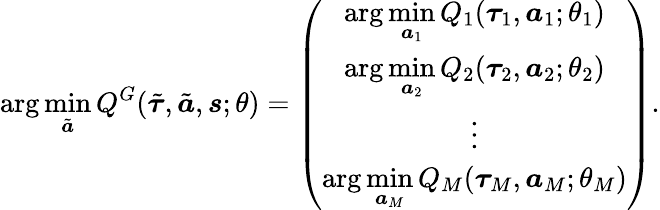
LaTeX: \arg\operatorname*{min}_{\tilde{\boldsymbol{a}}}Q^{G}(\tilde{\boldsymbol{\tau}},\tilde{\boldsymbol{a}},\boldsymbol{s};\theta)=\left(\begin{array}{c}{\arg\underset{\boldsymbol{a}_{1}}{\operatorname*{min}}Q_{1}(\boldsymbol{\tau}_{1},\boldsymbol{a}_{1};\theta_{1})}\\ {\arg\underset{\boldsymbol{a}_{2}}{\operatorname*{min}}Q_{2}(\boldsymbol{\tau}_{2},\boldsymbol{a}_{2};\theta_{2})}\\ {\vdots}\\ {\arg\underset{\boldsymbol{a}_{M}}{\operatorname*{min}}Q_{M}(\boldsymbol{\tau}_{M},\boldsymbol{a}_{M};\theta_{M})}\end{array}\right).